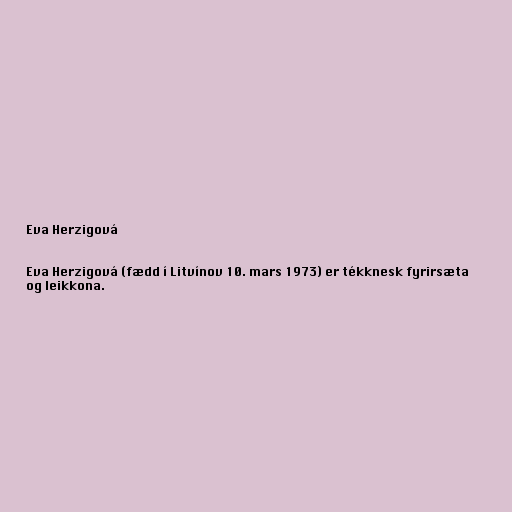
Eva Herzigová

Eva Herzigová (fædd í Litvínov 10. mars 1973) er tékknesk fyrirsæta
og leikkona.